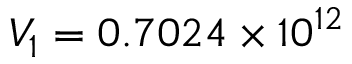
V _ { 1 } = 0 . 7 0 2 4 \times 1 0 ^ { 1 2 }